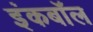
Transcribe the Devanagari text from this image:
इंकबॉल